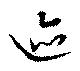
迹